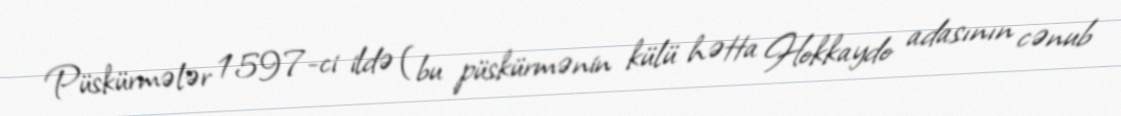
Püskürmələr 1597-ci ildə (bu püskürmənin külü hətta Hokkaydo adasının cənub